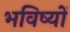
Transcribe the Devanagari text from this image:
भविष्यों